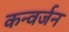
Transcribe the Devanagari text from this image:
कन्वर्जन